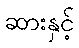
ဆားနှင့်